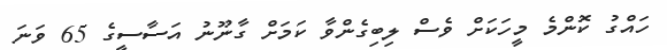
ހައްގު ކޮންމެ މީހަކަށް ވެސް ލިބިގެންވާ ކަމަށް ގާނޫނު އަސާސީގެ 65 ވަނަ